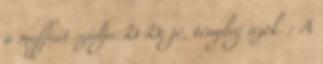
a maffiát szidja:D De jó, tényleg azok. : A